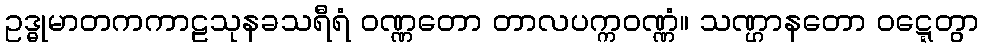
ဥဒ္ဓုမာတကကာဠသုနခသရီရံ ဝဏ္ဏတော တာလပက္ကဝဏ္ဏံ။ သဏ္ဌာနတော ဝဋ္ဋေတွာ